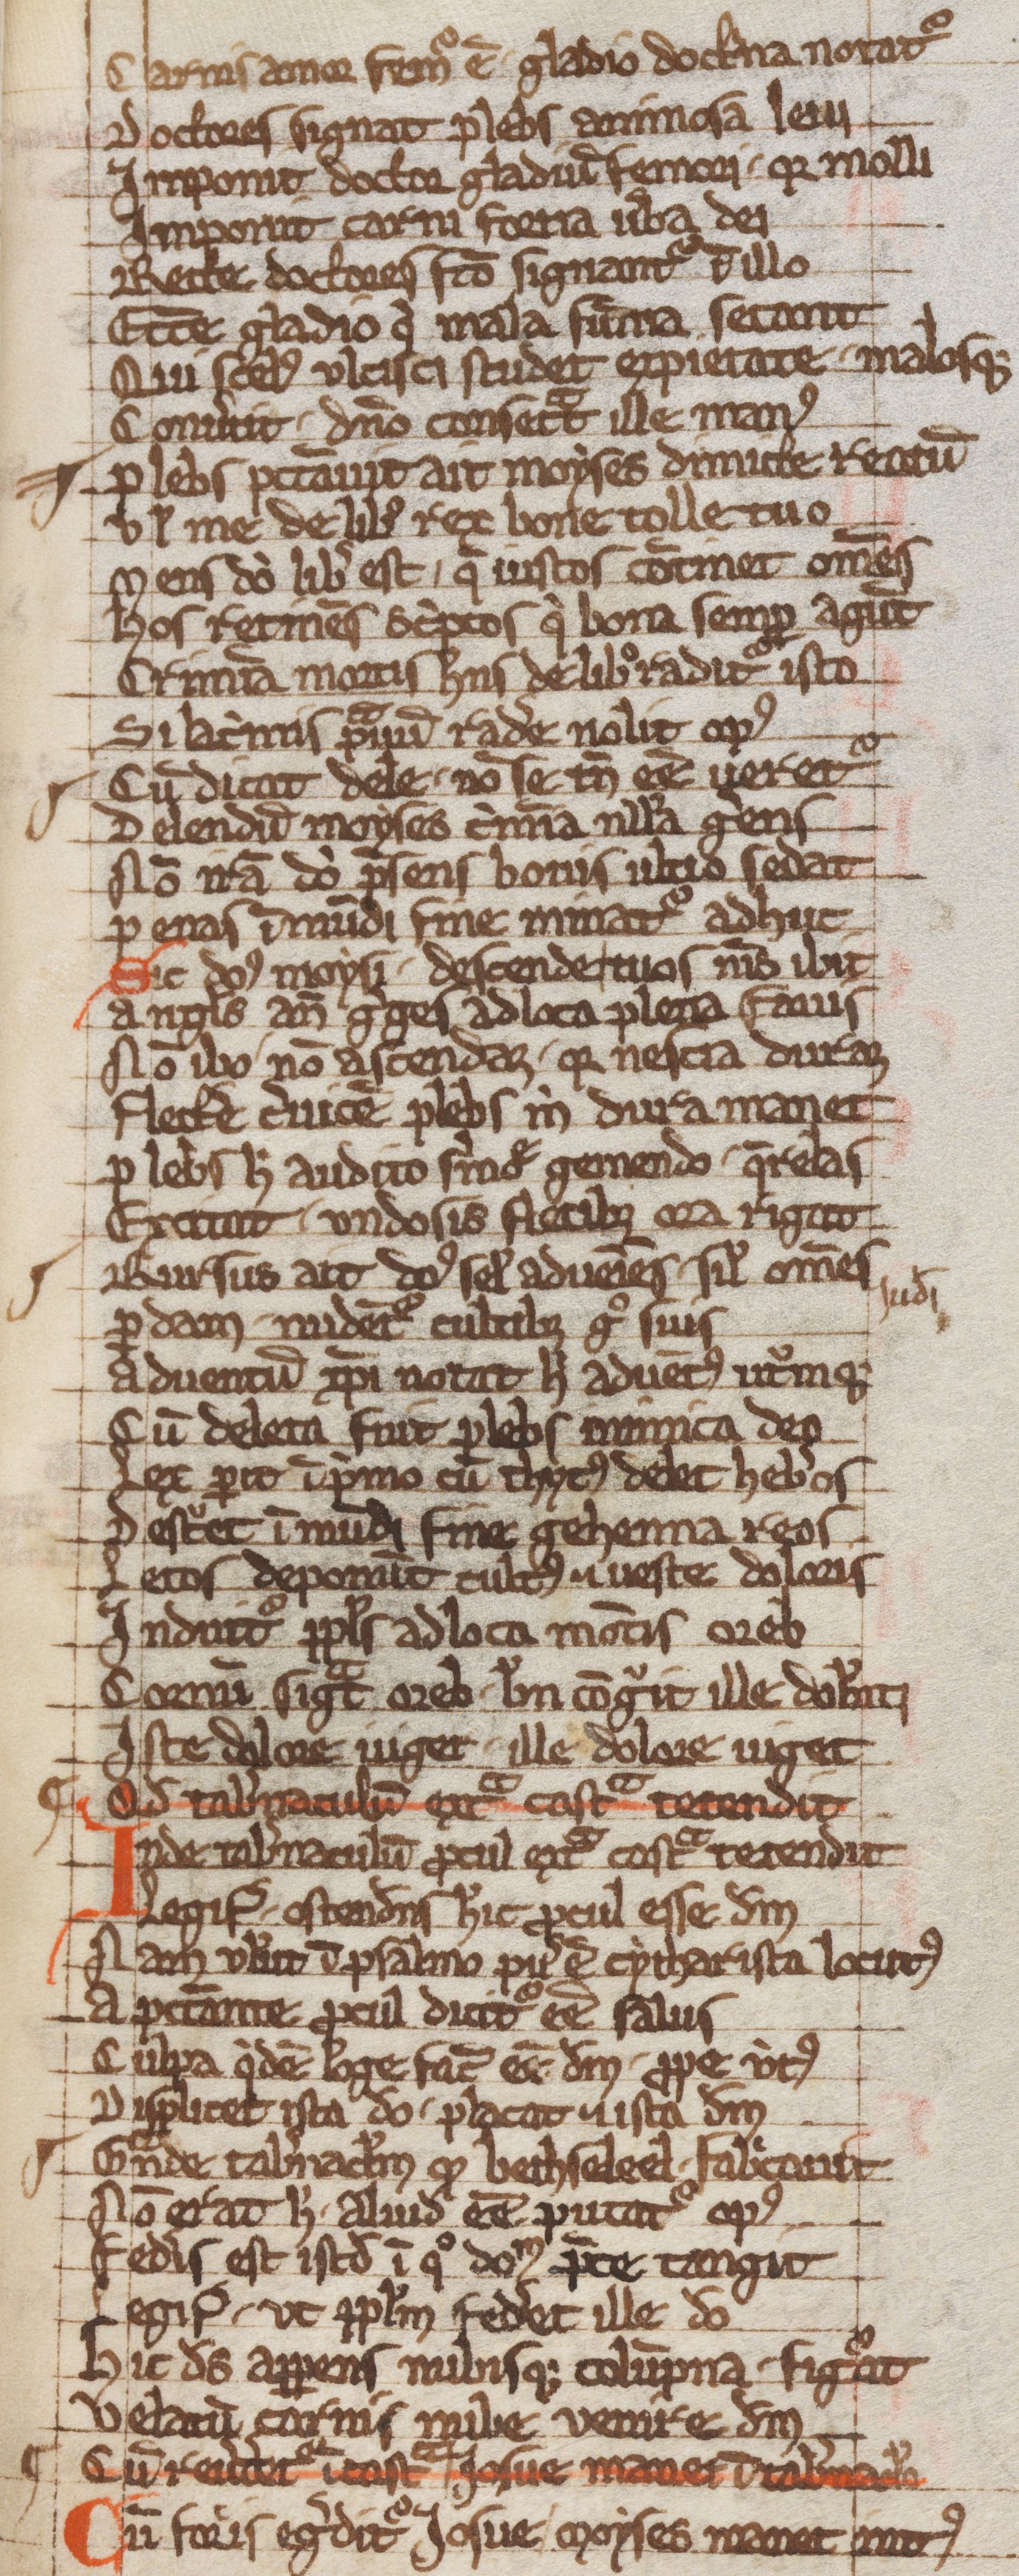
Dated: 1203–1203